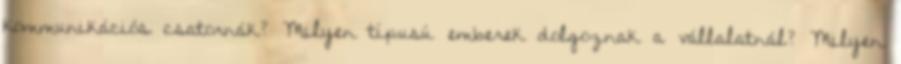
kommunikációs csatornák? Milyen típusú emberek dolgoznak a vállalatnál? Milyen